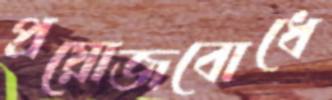
প্রয়োজবোধে